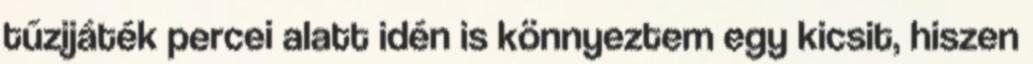
tűzijáték percei alatt idén is könnyeztem egy kicsit, hiszen